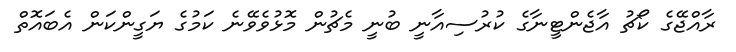
ރާއްޖޭގެ ކޯޗު އާޖެންޓީނާގެ ކުރުސިއާނީ ބުނީ މެޗުން މޮޅުވެވޭނެ ކަމުގެ ޔަގީންކަން އެބައޮތް